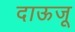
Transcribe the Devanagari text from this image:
दाऊजू